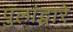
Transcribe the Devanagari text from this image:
पुलांद्वारे